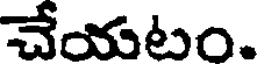
చేయటం.